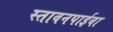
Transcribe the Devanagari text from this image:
स्तावनपाईवा